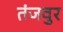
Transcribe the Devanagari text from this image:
तंजवुर